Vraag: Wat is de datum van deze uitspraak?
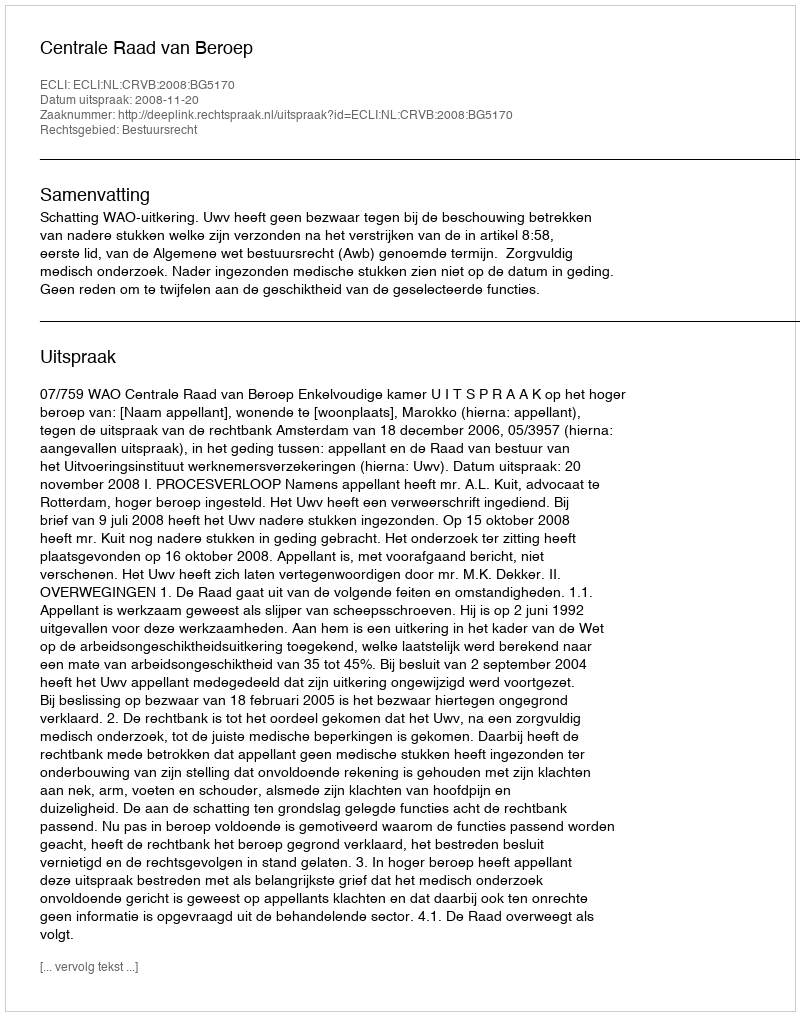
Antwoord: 2008-11-20